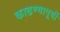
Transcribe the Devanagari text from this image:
काढण्यापूर्वी